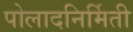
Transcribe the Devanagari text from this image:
पोलादनिर्मिती